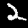
Digit: 2